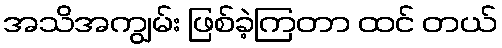
အသိအကျွမ်း ဖြစ်ခဲ့ကြတာ ထင် တယ်